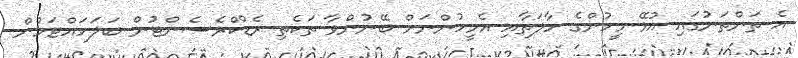
އެ ތަންތަނުގައި އުޅޭ މީހުންގެ ހާލަތާއި އެމީހުންނަށް ބޭނުންވާ ތަކެތި ރެޑްކްރެސެންޓުން ބަލަހައްޓަމުން